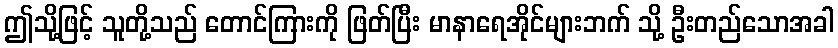
ဤသို့ဖြင့် သူတို့သည် တောင်ကြားကို ဖြတ်ပြီး မာနာရေအိုင်များဘက် သို့ ဦးတည်သောအခါ